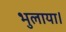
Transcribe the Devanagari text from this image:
भुलाया।